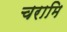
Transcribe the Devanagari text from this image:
चरामि